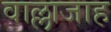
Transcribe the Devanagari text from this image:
वाल्लाजाह